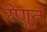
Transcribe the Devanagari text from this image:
रेणूत